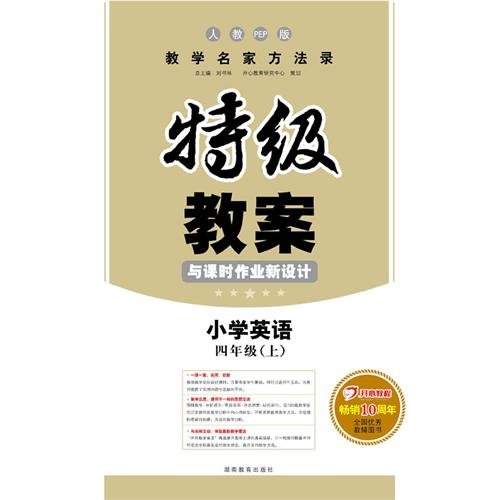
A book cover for Modern practical forensic medicine(transportation university in Xian"15" program teaching material) (Chinese edidion) Pinyin: xian dai shi yong fa yi xue ( xi an jiao tong da xue Â¡Â° shi yi wu Â¡Â± gui hua jiao cai ); Medical Books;